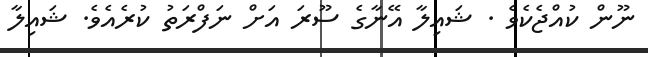
ނޫން ކުއްޖެކެވެ . ޝައިލާ އޭނާގެ ސޫރަ އަށް ނަފްރަތު ކުރެއެވެ. ޝައިލާ